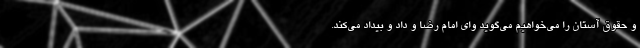
و حقوق آستان را می‌خواهیم می‌گوید وای امام رضا و داد و بیداد می‌کند.